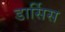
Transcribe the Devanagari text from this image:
डार्सिस